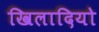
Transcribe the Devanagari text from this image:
खिलादियो